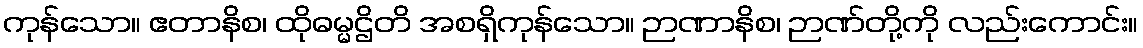
ကုန်သော။ ဧတာနိစ၊ ထိုဓမ္မဌိတိ အစရှိကုန်သော။ ဉာဏာနိစ၊ ဉာဏ်တို့ကို လည်းကောင်း။